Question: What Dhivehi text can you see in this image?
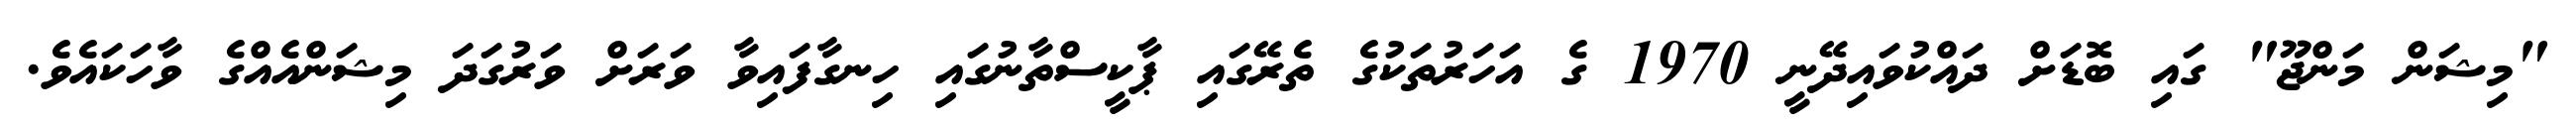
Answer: "މިޝަން މަންޖޫ" ގައި ބޮޑަށް ދައްކުވައިދޭނީ 1970 ގެ އަހަރުތަކުގެ ތެރޭގައި ޕާކީސްތާނުގައި ހިނގާފައިވާ ވަރަށް ވަރުގަދަ މިޝަންއެއްގެ ވާހަކައެވެ.